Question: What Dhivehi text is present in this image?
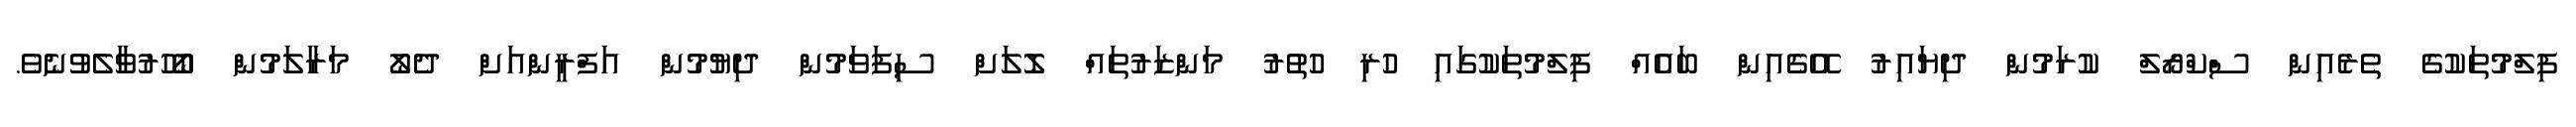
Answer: ފިލްމުތަކުގެ ތެރެއިން ސްކްރޯލް ކުރަމުން ދިޔައިރު އޭގެއިން ބައެއް ފިލްމުތަކުގައި ހުރި ހުތުރު މަންޒަރުތައް ލޮލަށް ސިފަވަމުން ދިޔުމުން އަފްރީންއަށް ދެލޯ މަރާލަމުން ބޯހޫރުވާލެވުނެވެ.